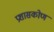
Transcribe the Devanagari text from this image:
प्रशासकोण